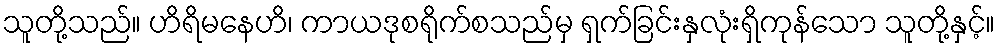
သူတို့သည်။ ဟိရိမနေဟိ၊ ကာယဒုစရိုက်စသည်မှ ရှက်ခြင်းနှလုံးရှိကုန်သော သူတို့နှင့်။